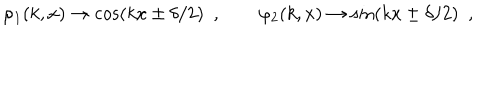
LaTeX: \varphi _ { 1 } ( k , x ) \to \cos ( k x \pm \delta / 2 ) \ \ , \qquad \varphi _ { 2 } ( k , x ) \to \sin ( k x \pm \delta / 2 ) \ \ ,